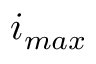
i _ { m a x }